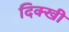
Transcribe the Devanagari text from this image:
दिक्खी